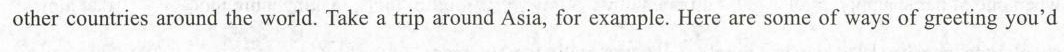
other countries around the world. Take a trip around Asia,for example. Here are some of ways of greeting you’d